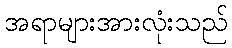
အရာများအားလုံးသည်